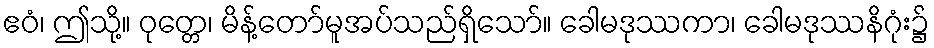
ဧဝံ၊ ဤသို့။ ဝုတ္တေ၊ မိန့်တော်မူအပ်သည်ရှိသော်။ ခေါမဒုဿကာ၊ ခေါမဒုဿနိဂုံး၌